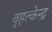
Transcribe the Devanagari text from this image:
वृहत्केन्द्र